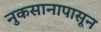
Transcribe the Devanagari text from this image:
नुकसानापासून